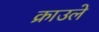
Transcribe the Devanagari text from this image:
क्राउले